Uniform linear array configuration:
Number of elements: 48
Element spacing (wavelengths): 0.25
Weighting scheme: hann
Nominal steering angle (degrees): -30
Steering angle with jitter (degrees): -29.651
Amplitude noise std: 0.05
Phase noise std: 0.05

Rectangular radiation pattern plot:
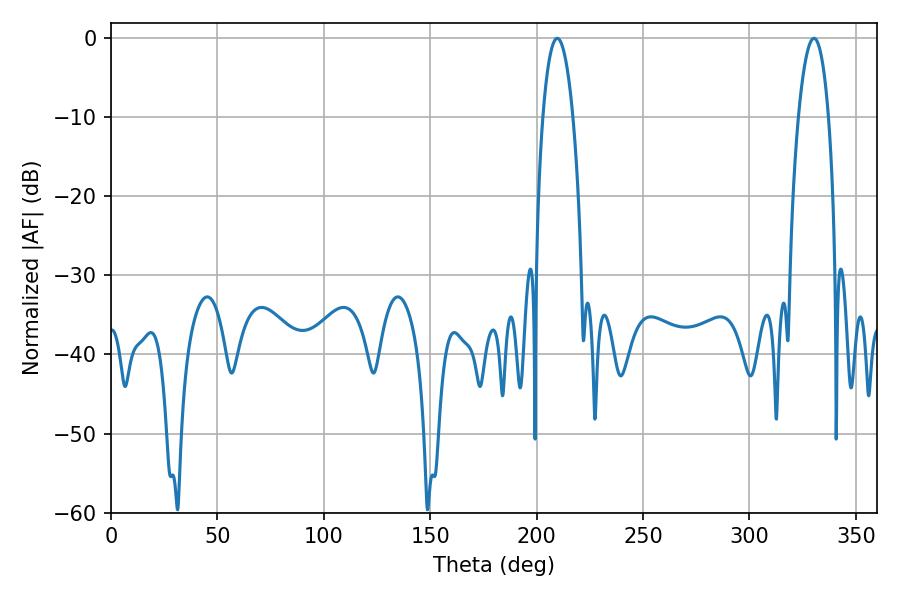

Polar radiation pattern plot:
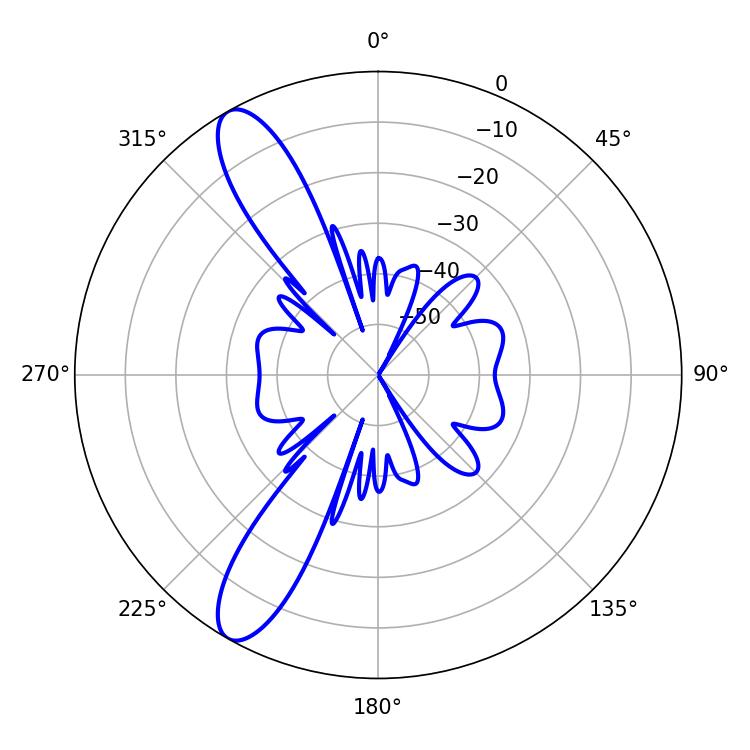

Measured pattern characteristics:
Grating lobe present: FALSE
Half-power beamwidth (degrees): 7.92
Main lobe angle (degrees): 209.7